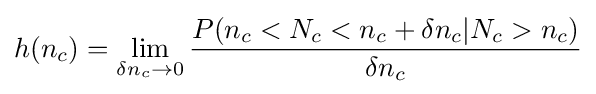
h(n_{c})=\lim _{\delta n_{c}\to 0}{\frac {P(n_{c}<N_{c}<n_{c}+\delta n_{c}|N_{c}>n_{c})}{\delta n_{c}}}